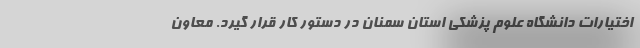
اختیارات دانشگاه علوم پزشکی استان سمنان در دستور کار قرار گیرد. معاون